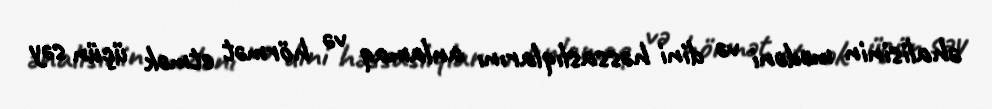
əhalisinin mədəni və dini həssaslıqlarını anlamaq və hörmət etmək üçün səy